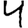
Digit: 4